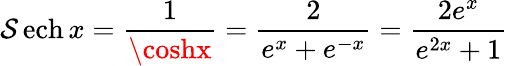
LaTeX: \operatorname{\mathcal{S}ech}x={\frac{{1}}{{\coshx}}}={\frac{{2}}{{e^{x}+e^{-x}}}}={\frac{{2e^{x}}}{{e^{2x}+1}}}